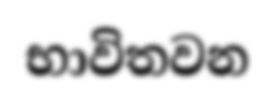
භාවිතවන